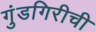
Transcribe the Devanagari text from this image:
गुंडगिरीची